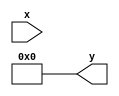
`timescale 1ns / 1ps
//////////////////////////////////////////////////////////////////////////////////
// Company: 
// Engineer: 
// 
// Design Name: 
// Module Name: Shift
// Project Name: 
// Target Devices: 
// Tool Versions: 
// Description: 
// 
// Dependencies: 
// 
// Revision:
// Revision 0.01 - File Created
// Additional Comments:
// 
//////////////////////////////////////////////////////////////////////////////////


module Shift(
input [31:0]x, output[31:0] y
    );
assign x=x>>16;
assign y=x;
endmodule